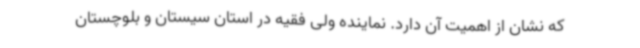
که نشان از اهمیت آن دارد. نماینده ولی فقیه در استان سیستان و بلوچستان